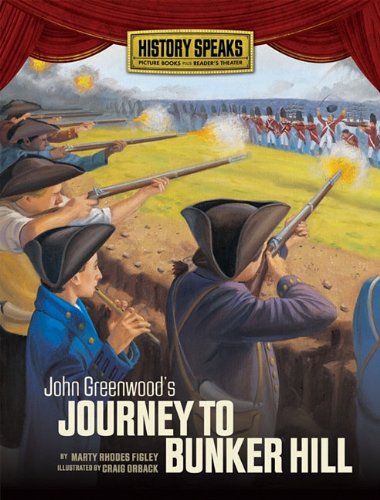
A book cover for John Greenwood's Journey to Bunker Hill (History Speaks: Picture Books Plus Reader's Theater (Quality)); Marty Rhodes Figley; Literature & Fiction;